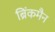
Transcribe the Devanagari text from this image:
ब्रिंकमैन